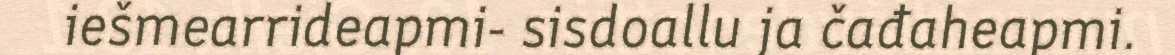
iešmearrideapmi- sisdoallu ja čađaheapmi.